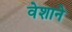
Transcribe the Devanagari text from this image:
वेशाने